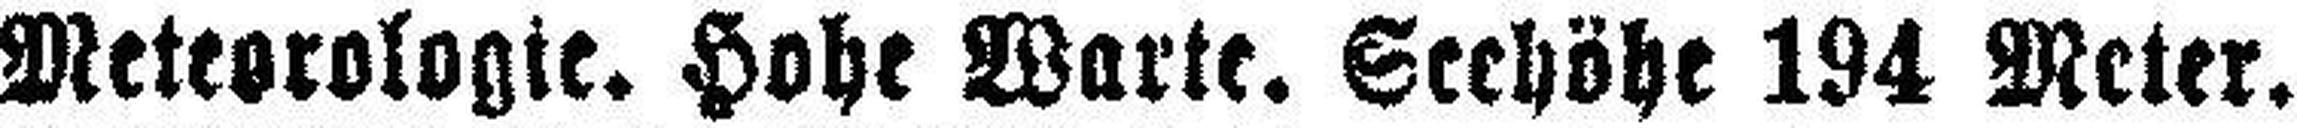
Meteorologie. Hohe Warte. Seehöhe 194 Meter.